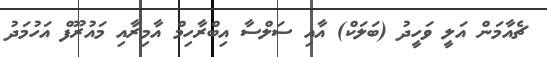
ޗެއާމަން އަލީ ވަހީދު (ބަލަކް) އާއި ސަލްސާ އިބްރާހިމް އާމިރާއި މައުރޫފް އަހުމަދު